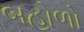
બહોળો